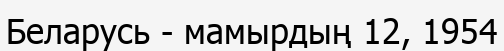
Беларусь - мамырдың 12, 1954